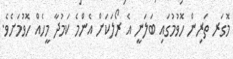
މޮގަރ ތަރިން ހޮވުމުގައި ބަލަނީ އެ ރޯލަކަށް އެންމެ ކަމުދާ މީހެއް ހޮވުމަށެވެ.